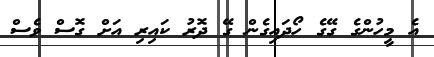
އެ މީހުންގެ ގޭގެ ހޯދައިގެން ގޭ ދޮރު ކައިރި އަށް ގޮސް ވެސް